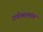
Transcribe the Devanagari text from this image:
रामेश्वरलाल